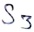
Text: S3